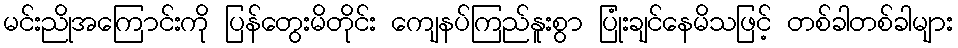
မင်းညိုအကြောင်းကို ပြန်တွေးမိတိုင်း ကျေနပ်ကြည်နူးစွာ ပြုံးချင်နေမိသဖြင့် တစ်ခါတစ်ခါများ